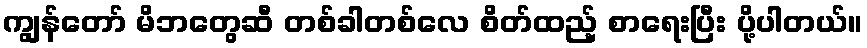
ကျွန်တော် မိဘတွေဆီ တစ်ခါတစ်လေ စိတ်ထည့် စာရေးပြီး ပို့ပါတယ်။